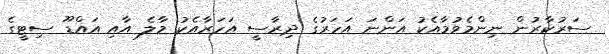
ސަރުކާރުން ނިންމެވުމާއެކު އަންނަ އަހަރުގެ ދިރާސީ އަހަރާއެކު މާލެ އާއި އައްޑޫ ސިޓީގެ